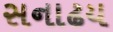
સનાઢય